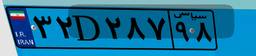
۳۲D۲۸۷۹۸